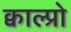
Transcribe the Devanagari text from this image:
क्वाल्प्रो